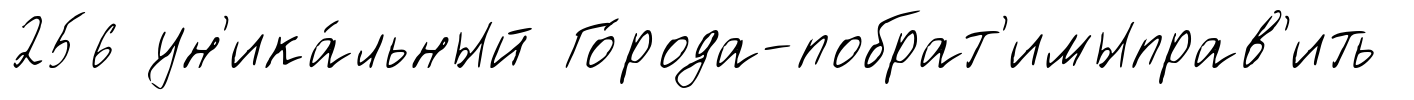
256 ун'ика́льный Го́рода-побрат'имыправ'ить